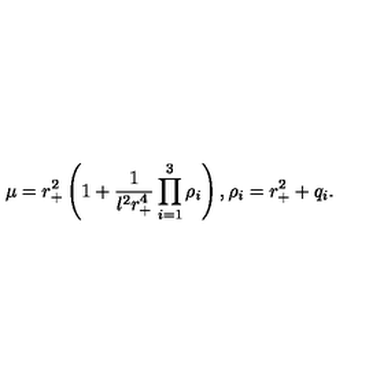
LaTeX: \mu = r _ { + } ^ { 2 } \left( 1 + \frac { 1 } { l ^ { 2 } r _ { + } ^ { 4 } } \prod _ { i = 1 } ^ { 3 } \rho _ { i } \right) , \rho _ { i } = r _ { + } ^ { 2 } + q _ { i } .